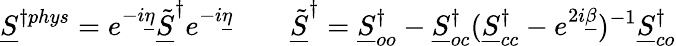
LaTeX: \underline{{S}}^{\dagger phys}=e^{-i\underline{{\eta}}}\underline{{\tilde{S}}}^{\dagger}e^{-i\underline{{\eta}}}\qquad\underline{{\tilde{S}}}^{\dagger}=\underline{{S}}_{oo}^{\dagger}-\underline{{S}}_{oc}^{\dagger}(\underline{{S}}_{cc}^{\dagger}-e^{2i\underline{{\beta}}})^{-1}\underline{{S}}_{co}^{\dagger}